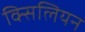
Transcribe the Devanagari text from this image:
क्सिलियन